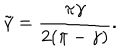
\tilde { \gamma } = \frac { \pi \gamma } { 2 ( \pi - \gamma ) } .